Senior Leaving Certificate Examination (including Day School Certificate (Higher) General paper), 1949
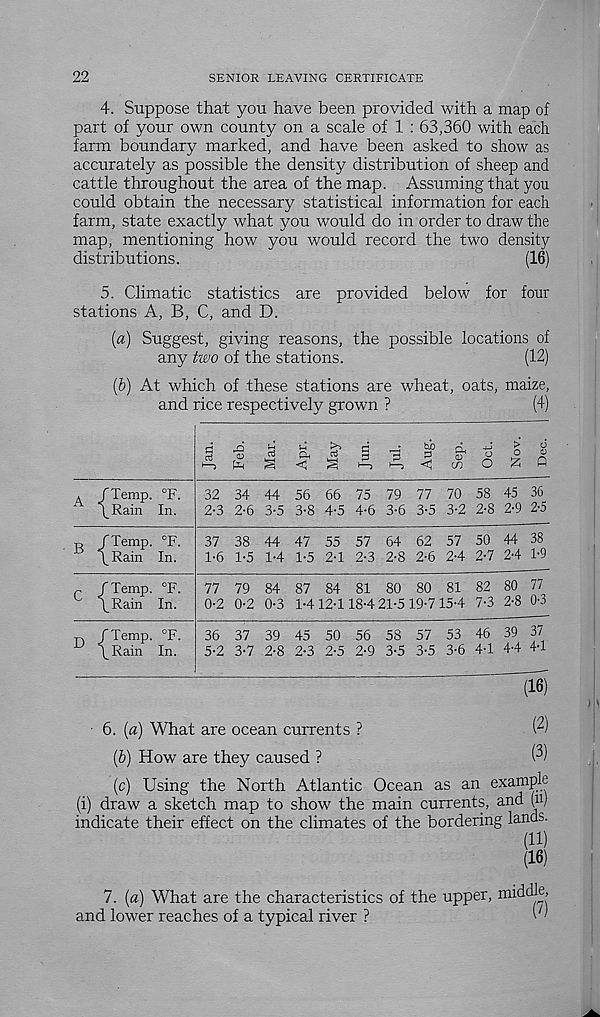
22
SENIOR LEAVING CERTIFICATE
4. Suppose that you have been provided with a map of
part of your own county on a scale of 1 : 63,360 with each
farm boundary marked, and have been asked to show as
accurately as possible the density distribution of sheep and
cattle throughout the area of the map. Assuming that you
could obtain the necessary statistical information for each
farm, state exactly what you would do in order to draw the
map, mentioning how you would record the two density
distributions.
(16)
5. Climatic statistics are provided below for four
stations A, B, C, and D.
[a)
Suggest, giving reasons,
any two of the stations.
(12)
(&) At which of these stations are wheat, oats, maize,
and rice respectively grown ?
(4)
1
5
^
d, CTJ
< S
d ^ ^
1 —)
5 <!
a.
<D
w O £ Q
A
/Temp. °F.
\Rain In.
32 34 44 56 66 75 79 77 70 58 45 36
2-3 2-6 3-5 3-8 4-5 4-6 3-6 3-5 3-2 2-8 2-9 2-5
B /Temp. °F.
° \Rain In.
37 38 44 47 55 57 64 62 57 50 44 38
1-6 1-5 1-4 1-5 2-1 2-3 2-8 2-6 2-4 2-7 2-4 1-9
r
/Temp. °F.
U
\Rain In.
77 79 84 87 84 81 80 80 81 82 80 77
0-2 0-2 0-3 1-4 12-118-4 21-5 19-7 15-4 7-3 2-8 0-3
D /Temp. °F.
U
\Rain In.
36 37 39 45 50 56 58 57 53 46 39 37
5-2 3-7 2-8 2-3 2-5 2-9 3-5 3-5 3-6 4-1 4-4 44
(16)
■ 6. (a) What are ocean currents ?
(b) How are they caused ?
(3)
(c) Using the North Atlantic Ocean as an example
(i) draw a sketch map to show the main currents, and (u)
indicate their effect on the climates of the bordering lands.
(U)
(16)
7. (a) What are the characteristics of the upper, middle,
and lower reaches of a typical river ?
(''